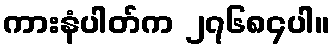
ကားနံပါတ်က ၂၇၆၈၄ပါ။